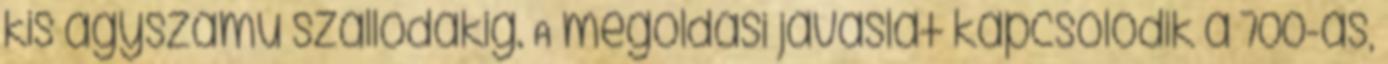
kis ágyszámú szállodákig. A megoldási javaslat kapcsolódik a 700-as,